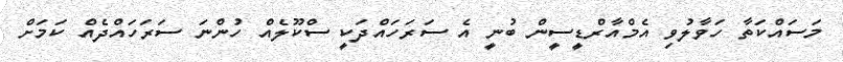
މަސައްކަތާ ހަވާލުވި އެމްއާރްޑީސީން ބުނީ އެ ސަރަހައްދަކީ ސްކޫލެއް ހުންނަ ސަރަހައްދެއް ކަމަށް